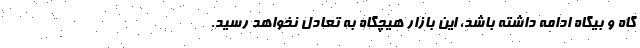
گاه و بیگاه ادامه داشته باشد، این بازار هیچگاه به تعادل نخواهد رسید.